Tezpur Lunatic Asylum reports 1877-1894 - 1877-1894
Year: 1877
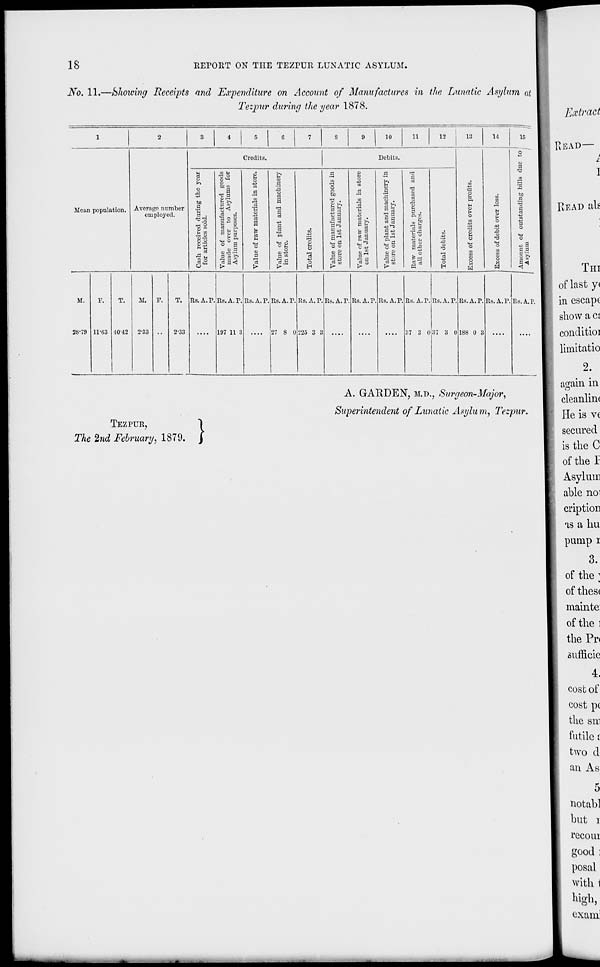
18
RErOllT ON THE TEZPUU LUNATIC ASYLUM.
No. 11.—Showing Receipts and Expenditure on Account of Manufactures in the Lunatic Asylum at
Tezpur during the year 1878.
10
li
12
18
14
If,
Credits.
Debits.
jg
-3 O
0?
b
a
o C
■ a
1
•3
"C
5
o tug
"« 3
o
s
s
.9
1
o
o to
o
b
.9
ci
13
s o
to
Mean population. Average number
ho
.9
CJ
•c
a
» C3
[3
H 3
■a
1
d
•9
a
employed.
a .
a »
a
ci
2 9
+2 .
P.^
o
(►
W
is
.5 V
C3
•^ u
a o
6*
Value of mam
made over t
Asylum purpos
a
cS
u
o
ES
'a
>
p.
o
3.9
■a
g s
O
H
Value of manuf
store on 1st Ja
'p 9
<* 3
«*> C -u
« o
a «
rt to
£*« o o
£ o
■5 s In
v. *°
1! S u
■tl H
ci CJ
as o
a*
3 o
"ci
1
Excess of credits
3
o
H
H
a
o
o
C 3
°"&
M.
P.
T.
M. F.
T. Rs.A.P. Rs.A.P. Rs.A.P. Rs. A. P. Rs. A. P. Rs.A.P. Rs.A.P. Rs.A.P. Rs.A.P. Rs.A.T. Rs.A.P. Rs.A.P. Rs.A.P.
28-79 11-63 •1042 2-33 •• 2-33 .... 197 11 3 .... 27 8 0 225 3 3
....
.... 37 3 0 I!" 3 0 188 0 3 ....
....
TEZPUR,
TAe 2«d February, 1879 .}
A. GARDEN, M.D., Surgeon-Major,
Superintendent of Lunatic Asylum, Tezpur.
READ tils